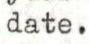
date.